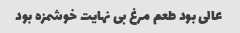
عالی بود طعم مرغ بی نهایت خوشمزه بود